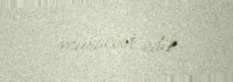
müraciət edib.